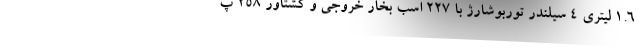
1.6 لیتری 4 سیلندر توربوشارژ با 227 اسب بخار خروجی و گشتاور 258 پ